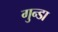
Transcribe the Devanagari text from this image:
गुन्डा